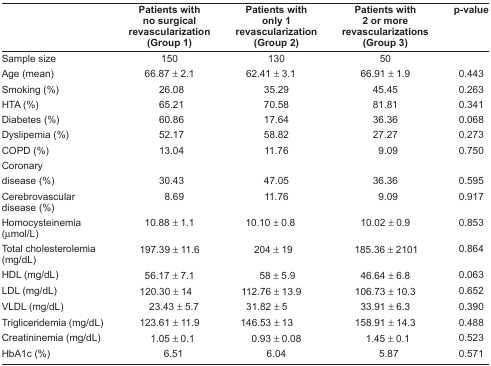
<table><thead><tr><td></td><td><b>Patients with no surgical revascularization (Group 1)</b></td><td><b>Patients with only 1 revascularization (Group 2)</b></td><td><b>Patients with 2 or more revascularizations (Group 3)</b></td><td><b>p-value</b></td></tr></thead><tbody><tr><td>Sample size</td><td>150</td><td>130</td><td>50</td><td></td></tr><tr><td>Age (mean)</td><td>66.87 ± 2.1</td><td>62.41 ± 3.1</td><td>66.91 ± 1.9</td><td>0.443</td></tr><tr><td>Smoking (%)</td><td>26.08</td><td>35.29</td><td>45.45</td><td>0.263</td></tr><tr><td>HTA (%)</td><td>65.21</td><td>70.58</td><td>81.81</td><td>0.341</td></tr><tr><td>Diabetes (%)</td><td>60.86</td><td>17.64</td><td>36.36</td><td>0.068</td></tr><tr><td>Dyslipemia (%)</td><td>52.17</td><td>58.82</td><td>27.27</td><td>0.273</td></tr><tr><td>COPD (%)</td><td>13.04</td><td>11.76</td><td>9.09</td><td>0.750</td></tr><tr><td>Coronary disease (%)</td><td>30.43</td><td>47.05</td><td>36.36</td><td>0.595</td></tr><tr><td>Cerebrovascular disease (%)</td><td>8.69</td><td>11.76</td><td>9.09</td><td>0.917</td></tr><tr><td>Homocysteinemia (μmol/L)</td><td>10.88 ± 1.1</td><td>10.10 ± 0.8</td><td>10.02 ± 0.9</td><td>0.853</td></tr><tr><td>Total cholesterolemia (mg/dL)</td><td>197.39 ± 11.6</td><td>204 ± 19</td><td>185.36 ± 2101</td><td>0.864</td></tr><tr><td>HDL (mg/dL)</td><td>56.17 ± 7.1</td><td>58 ± 5.9</td><td>46.64 ± 6.8</td><td>0.063</td></tr><tr><td>LDL (mg/dL)</td><td>120.30 ± 14</td><td>112.76 ± 13.9</td><td>106.73 ± 10.3</td><td>0.652</td></tr><tr><td>VLDL (mg/dL)</td><td>23.43 ± 5.7</td><td>31.82 ± 5</td><td>33.91 ± 6.3</td><td>0.390</td></tr><tr><td>Trigliceridemia (mg/dL)</td><td>123.61 ± 11.9</td><td>146.53 ± 13</td><td>158.91 ± 14.3</td><td>0.488</td></tr><tr><td>Creatininemia (mg/dL)</td><td>1.05 ± 0.1</td><td>0.93 ± 0.08</td><td>1.45 ± 0.1</td><td>0.523</td></tr><tr><td>HbA1c (%)</td><td>6.51</td><td>6.04</td><td>5.87</td><td>0.571</td></tr></tbody></table>